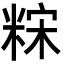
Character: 䊉